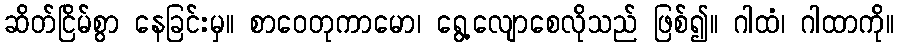
ဆိတ်ငြိမ်စွာ နေခြင်းမှ။ စာဝေတုကာမော၊ ရွေ့လျောစေလိုသည် ဖြစ်၍။ ဂါထံ၊ ဂါထာကို။